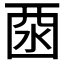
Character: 𱦆